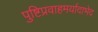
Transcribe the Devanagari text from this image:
पुष्टिप्रवाहमर्यादाभेद